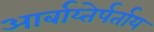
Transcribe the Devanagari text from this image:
आर्बाय्तेर्पर्ताय